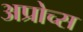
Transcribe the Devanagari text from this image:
अप्रोच्स